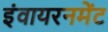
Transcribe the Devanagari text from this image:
इंवायरनमेंट